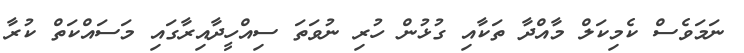
ނަމަވެސް ކެމިކަލް މާއްދާ ތަކާއި ގުޅުން ހުރި ނުވަތަ ސިއްހީދާއިރާގައި މަސައްކަތް ކުރާ